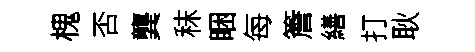
槐否龔秣睏每簷繕打耿